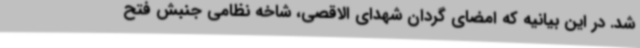
شد. در این بیانیه که امضای گردان شهدای الاقصی، شاخه نظامی جنبش فتح